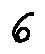
6